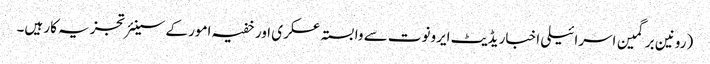
(رونین برگمین اسرائیلی اخبار یڈیٹ ایرونوت سے وابستہ عسکری اور خفیہ امور کے سینئر تجزیہ کار ہیں۔